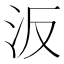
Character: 汳